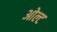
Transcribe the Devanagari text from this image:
ओल्ट